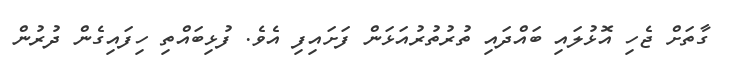
ގާތަށް ޖެހި އޮޅުލައި ބައްދައި ތުރުތުރުއަޅަން ފަށައިފި އެވެ. ފުޅިބައްތި ހިފައިގެން ދުރުން